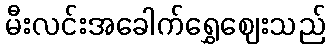
မီးလင်းအခေါက်ရွှေဈေးသည်